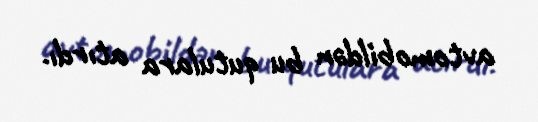
avtomobildən bu qutulara atırdı.